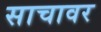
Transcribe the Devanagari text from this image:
साचावर